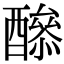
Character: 𨣔